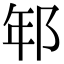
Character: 𨚶